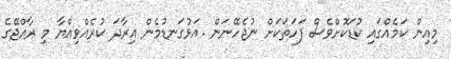
މިއިން ކަމެއްގައި ކުޑަކޮށްވެސް ފަހަތަކަށް ނުޖެހޭނަން .އަޅުގަނޑުމެން އިރާދަ ކުރެއްވިއްޔާ މި ރާއްޖޭގެ